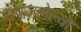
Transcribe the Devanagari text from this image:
उपजलेल्या